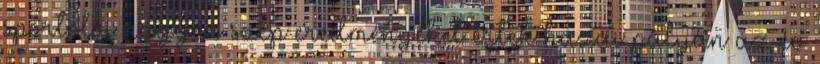
sportolói nagyon szép eredményeket értek hazai pályán az év